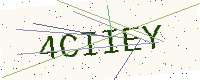
Text: 4CIIEY